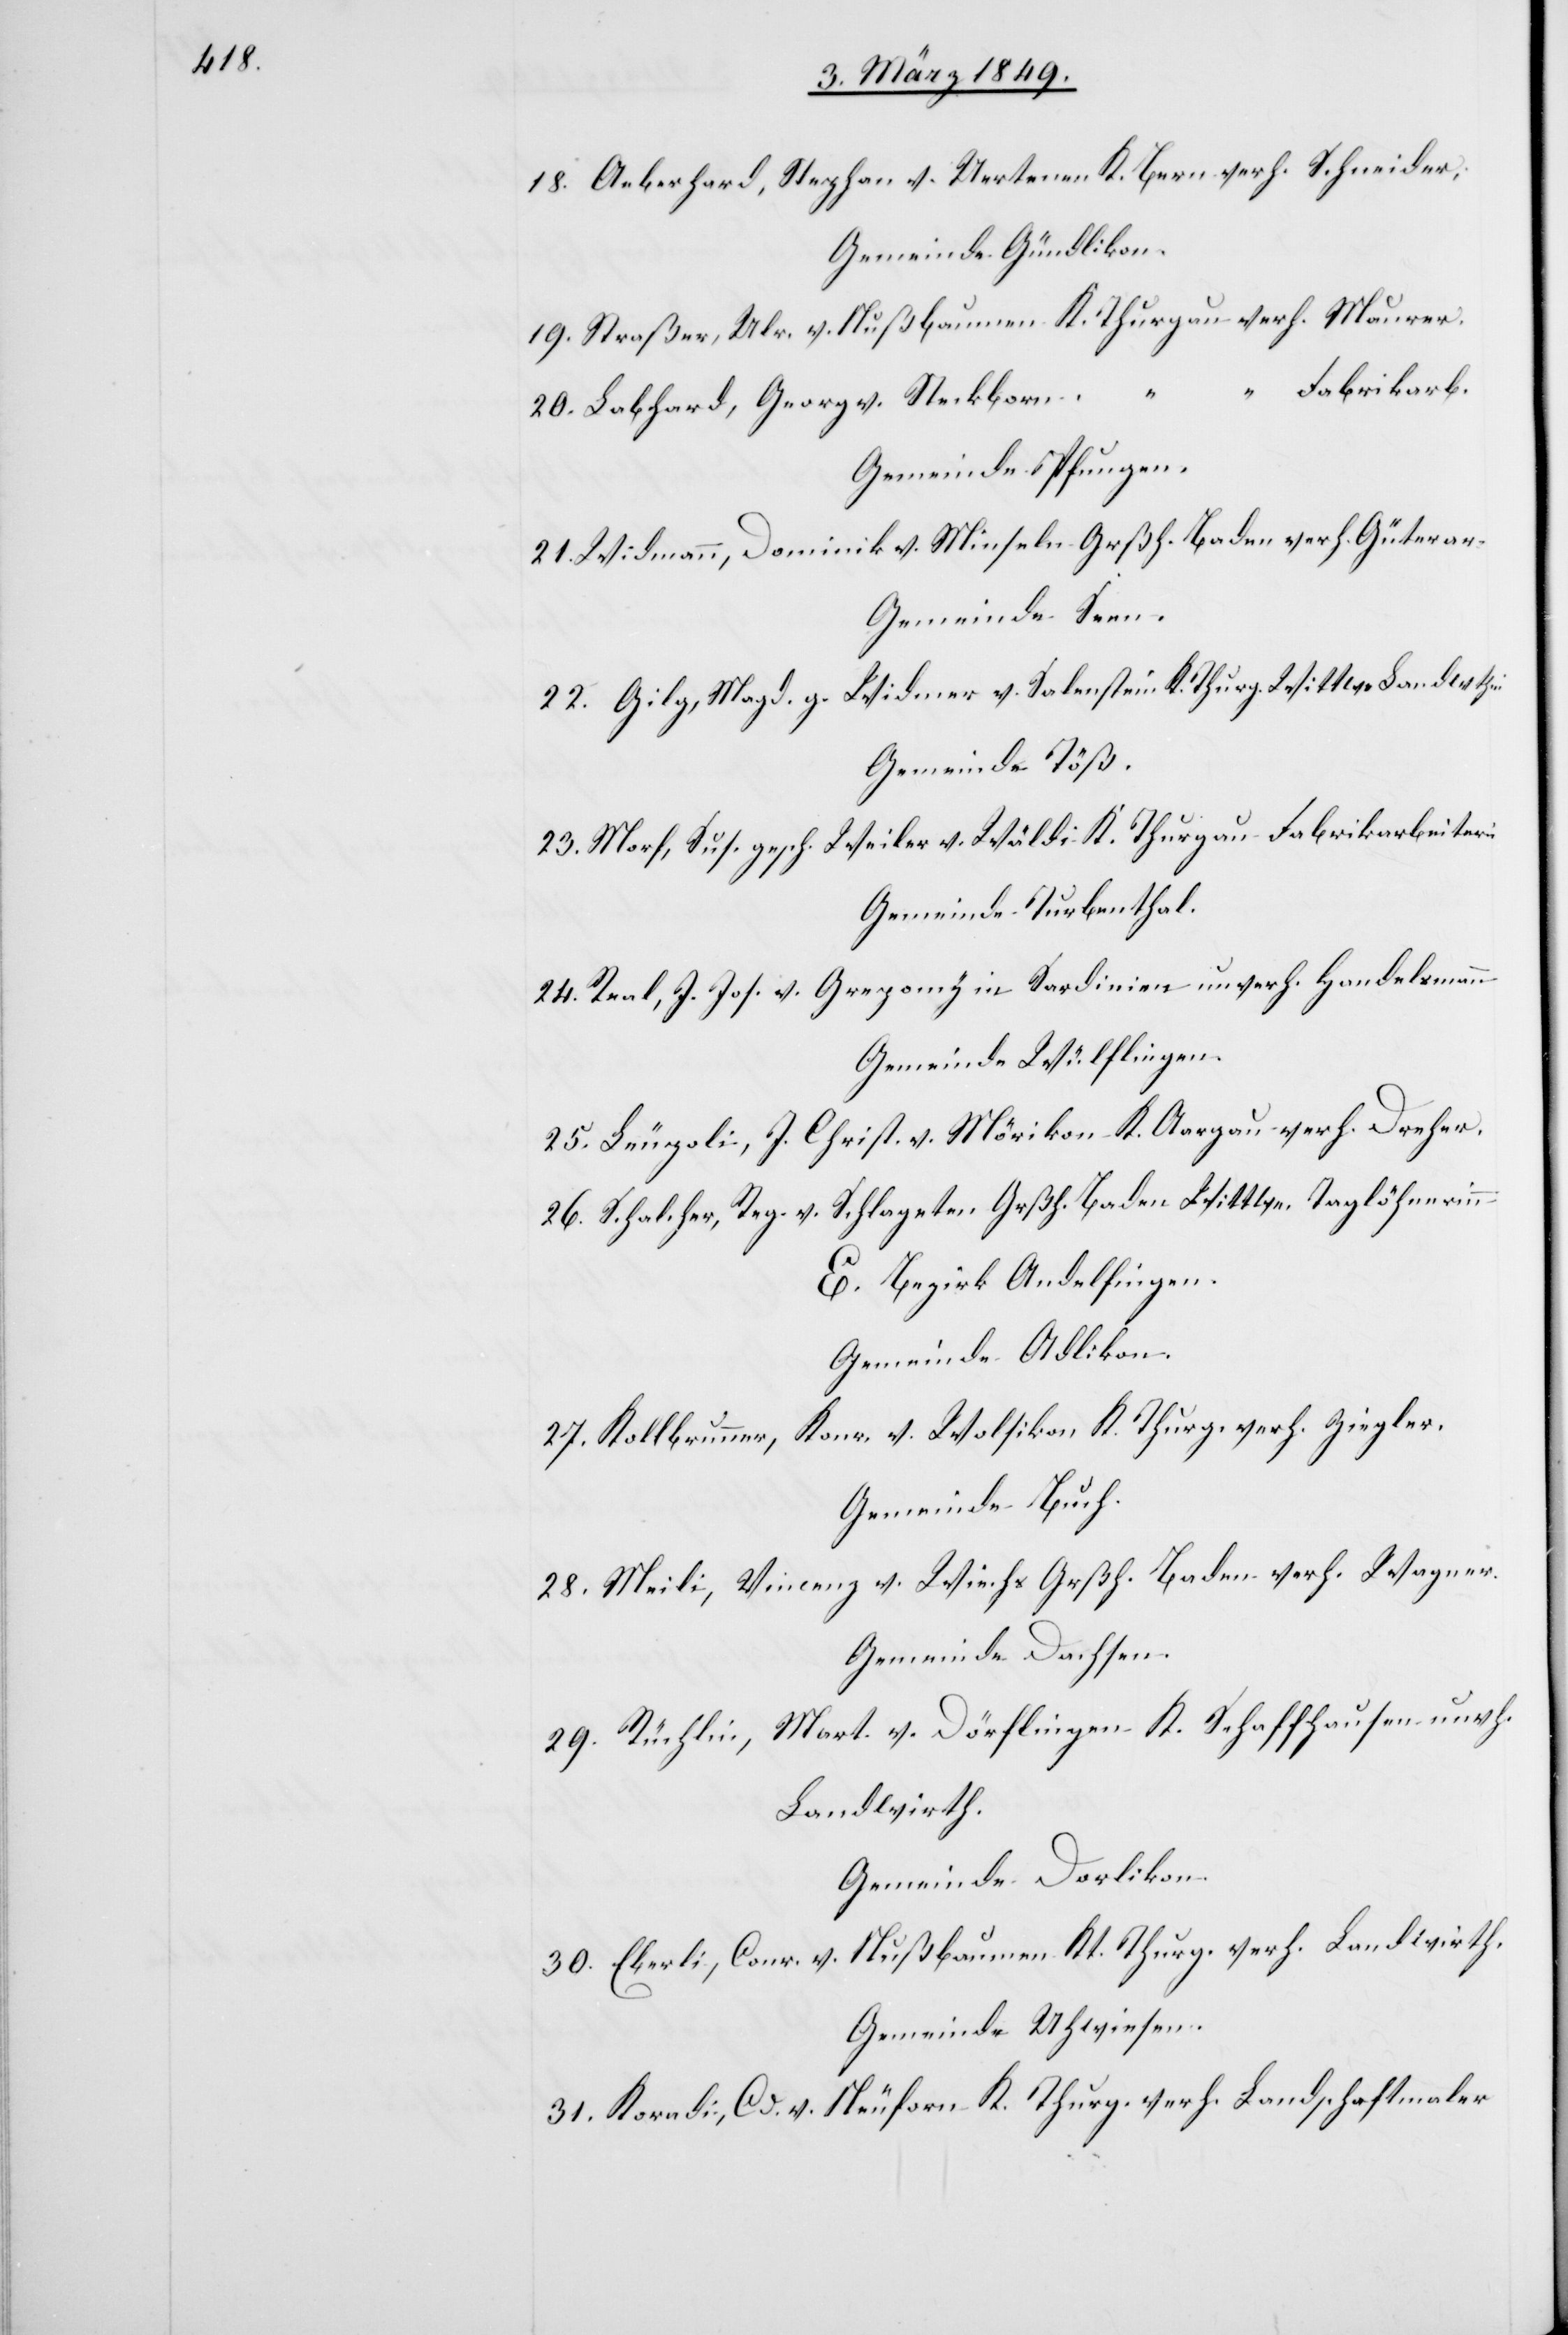
18. Aeberhard, Stephan v. Uertenen K. Bern verh. Schneider,
Gemeinde Gündlikon.
19. Straßer, Ulr. v. Nußbaumen K. Thurgau verh. Maurer.
20. Labhard, Georg v. Steckborn “ “ “ Fabrikarb.
Gemeinde Pfungen.
21. Widmann, Dominik v. Minseln Grßh. Baden verh. Güterar.
Gemeinde Seen.
22. Gilg, Magd. g. Widmer v. Salenstein K. Thurg. Wittwe Landwthin
Gemeinde Töß.
23. Morf, Sus. gesch. Weiler v. Wäldi K. Thurgau Fabrikarbeiterin
Gemeinde Turbenthal.
24. Real, J. Jos. v. Greponch in Sardinien unverh. Handelsmann
Gemeinde Wülflingen.
25. Leupoli, J. Christ. v. Mörikon K. Aargau verh. Dreher.
26. Schalcher, Reg. v. Schlageten Grßh. Baden Wittwe, Taglöhnerinn
E. Bezirk Andelfingen.
Gemeinde Adlikon.
27. Kollbrunner, Konr. v. Wolfikon K. Thurg. verh. Ziegler.
Gemeinde Buch.
28. Meili, Vincenz v. Wiechs Grßh. Baden verh. Wagner.
Gemeinde Dachsen.
Mart. v. Dörflingen K. Schaffhausen unvh.
29. Rüchlin,
Landwirth.
Gemeinde Dorlikon.
30. Eberli, Conr. v. Nußbaumen Kt. Thurg. verh. Landwirth.
Gemeinde Uhwiesen.
31. Koradi, Cd. v. Neuforn K. Thurg. verh. Landschaftmaler